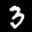
Label: 3